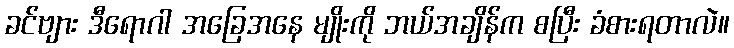
ခင်ဗျား ဒီရောဂါ အခြေအနေ မျိုးကို ဘယ်အချိန်က စပြီး ခံစားရတာလဲ။